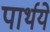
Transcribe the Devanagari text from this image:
पार्थये